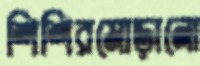
শিশিরমোড়ানো